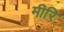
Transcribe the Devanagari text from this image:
मीरि